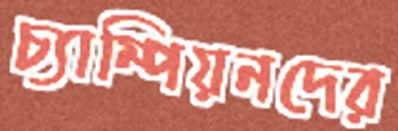
চ্যাম্পিয়নদের